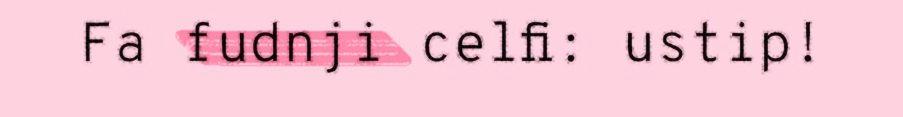
Fa fudnji celfi: ustip!